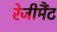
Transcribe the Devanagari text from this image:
रेजीमैंट